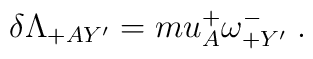
\delta \Lambda_{+AY'} =m u^+_A \omega^-_{+Y'}\; .